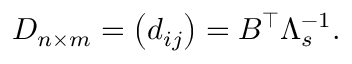
D _ { n \times m } = \left( d _ { i j } \right) = B ^ { \top } \Lambda _ { s } ^ { - 1 } .